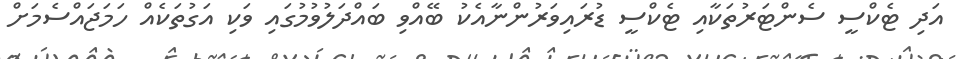
އަދި ޓެކްސީ ސެންޓަރުތަކާއި ޓެކްސީ ޑުރައިވަރުންނާއެކު ބޭއްވި ބައްދަލުވުމުގައި ވަކި އަގުތަކެއް ހަމަޖައްސެމަށް